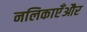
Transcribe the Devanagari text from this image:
नलिकाएँऔर